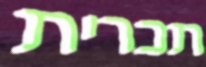
תכרית